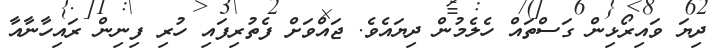
ދިޔަ ވައިރޯޅިން ގަސްތައް ހެލެމުން ދިޔައެވެ. ޖައްވަށް ފެތުރިފައި ހުރި ފިނިން ރައިހާނާއާ